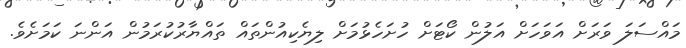
މައްސަލަ ވަރަށް އަވަހަށް އަލުން ކޯޓަށް ހުށަހެޅުމަށް ލިޔެކިއުންތައް ތައްޔާރުކުރަމުން އަންނަ ކަމަށެވެ.